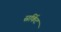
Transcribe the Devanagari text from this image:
स्रर्किट